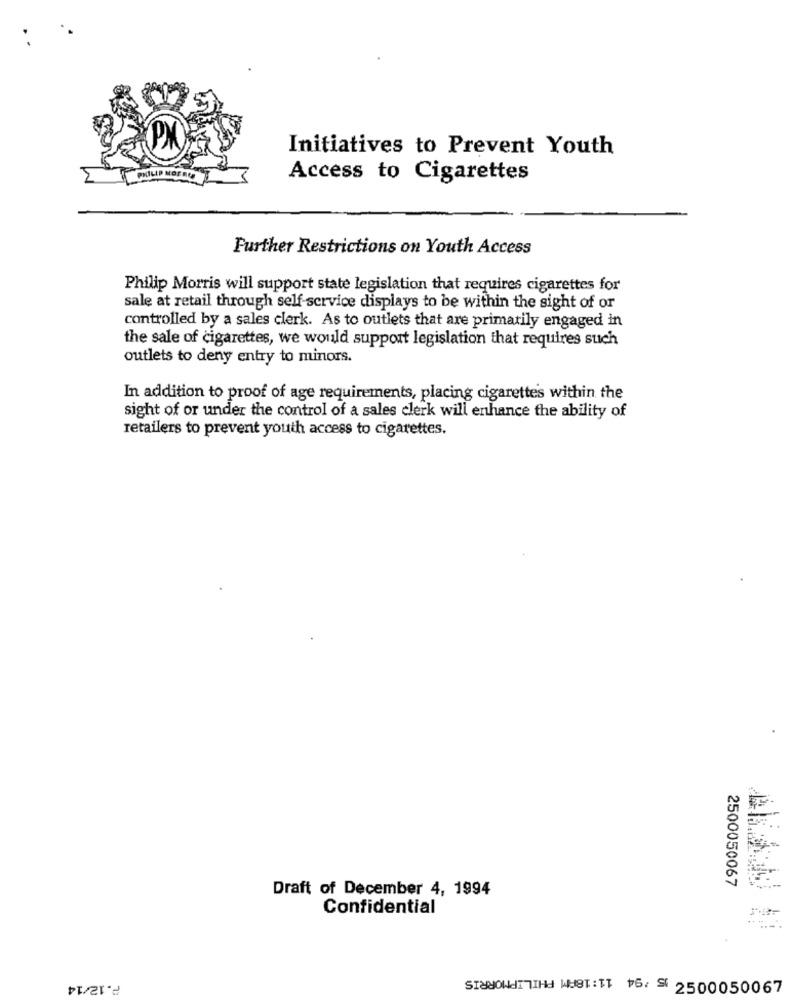
Initiatives to Prevent Youth
PHILIP ME
Access to Cigarettes
Further Restrictions on Youth Access
Philip Morris will support state legislation that requires cigarettes for
sale at retail through self-service displays to be within the sight of or
controlled by a sales clerk. As to outlets that are primarily engaged in
the sale of cigarettes, we would support legislation that requires such
outlets to deny entry to minors.
In addition to proof of age requirements, placing cigarettes within the
sight of or under the control of a sales clerk will enhance the ability of
retailers to prevent youth access to cigarettes.
2500050067
Draft of December 4, 1994
Confidential
P.12/14
SICH ST :T 6 2500050067